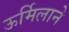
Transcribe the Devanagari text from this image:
ऊर्मिलाने